Scientific memoirs by medical officers of the Army of India - Part X,
Year: 1897
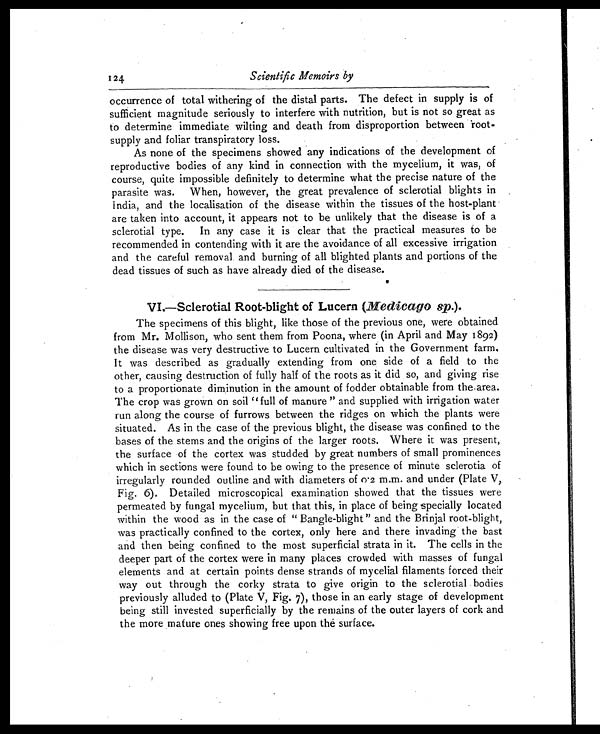
occurrence of total withering of the distal parts. The defect in supply is of
sufficient magnitude seriously to interfere with nutrition, but is not so great as
to determine immediate wilting and death from disproportion between root
-supply and foliar transpiratory loss.
As none of the specimens showed any indications of the development of
reproductive bodies of any kind in connection with the mycelium, it was, of
course, quite impossible definitely to determine what the precise nature of the
parasite was. When, however, the great prevalence of sclerotial blights in
India, and the localisation of the disease within the tissues of the host-plant
are taken into account, it appears not to be unlikely that the disease is of a
sclerotial type. In any case it is clear that the practical measures to be
recommended in contending with it are the avoidance of all excessive irrigation
and the careful removal and burning of all blighted plants and portions of the
dead tissues of such as have already died of the disease.
V I — S c l e r o t i a l R o o t - b l i g h t o f L u c e r n (M
e d i c a g o s p .
) .
The specimens of this blight, like those of the previous one, were obtained
from Mr. Mollison, who sent them from Poona, where (in April and May 1892)
the disease was very destructive to Lucern cultivated in the Government farm.
It was described as gradually extending from one side of a field to the
other, causing destruction of fully half of the roots as it did so, and giving rise
to a proportionate diminution in the amount of fodder obtainable from the area.
The crop was grown on soil "full of manure " and supplied with irrigation water
run along the course of furrows between the ridges on which the plants were
situated. As in the case of the previous blight, the disease was confined to the
bases of the stems and the origins of the larger roots. Where it was present,
the surface of the cortex was studded by great numbers of small prominences
which in sections were found to be owing to the presence of minute sclerotia of
irregularly rounded outline and with diameters of 0·2 m.m. and under (Plate V,
Fig. 6). Detailed microscopical examination showed that the tissues were
permeated by fungal mycelium, but that this, in place of being specially located
within the wood as in the case of " Bangle-blight" and the Brinjal root-blight,
was practically confined to the cortex, only here and there invading the bast
and then being confined to the most superficial strata in it. The cells in the
deeper part of the cortex were in many places crowded with masses of fungal
elements and at certain points dense strands of mycelial filaments forced their
way out through the corky strata to give origin to the sclerotial bodies
previously alluded to (Plate V, Fig. 7), those in an early stage of development
being still invested superficially by the remains of the outer layers of cork and
the more mature ones showing free upon the surface.